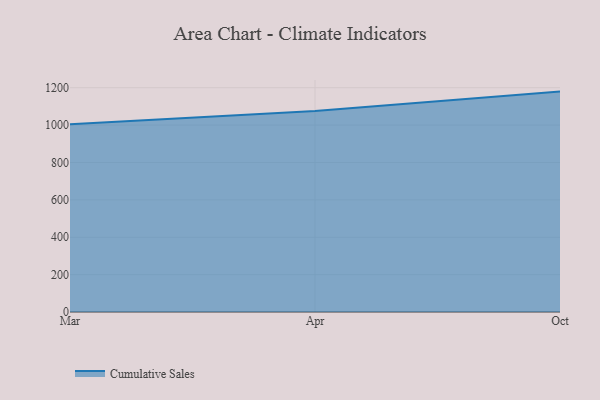
{"axis": {"x": "Month", "y": "Demand Index"}, "legend": ["Cumulative Sales"], "data": [{"x": "Mar", "y": 1005.0, "type": "Cumulative Sales"}, {"x": "Apr", "y": 1075.0, "type": "Cumulative Sales"}, {"x": "Oct", "y": 1179.2, "type": "Cumulative Sales"}]}